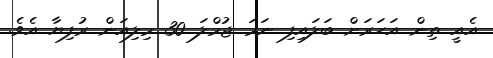
އެއީ ތިން އަހަރަށް ބަލައިފި ނަމަ ޖުމްލަ 30 މިލިއަން ރުފިޔާ އެވެ.